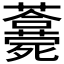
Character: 𣩾